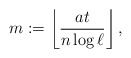
\begin{align*}m:=\left\lfloor\frac{at}{n\log \ell}\right\rfloor,\end{align*}